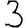
Digit: 3